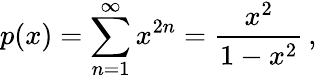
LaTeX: p(x)=\sum_{n=1}^{\infty}x^{2n}={\frac{x^{2}}{1-x^{2}}}\, ,